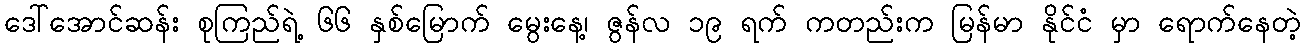
ဒေါ်အောင်ဆန်း စုကြည်ရဲ့ ၆၆ နှစ်မြောက် မွေးနေ့၊ ဇွန်လ ၁၉ ရက် ကတည်းက မြန်မာ နိုင်ငံ မှာ ရောက်နေတဲ့